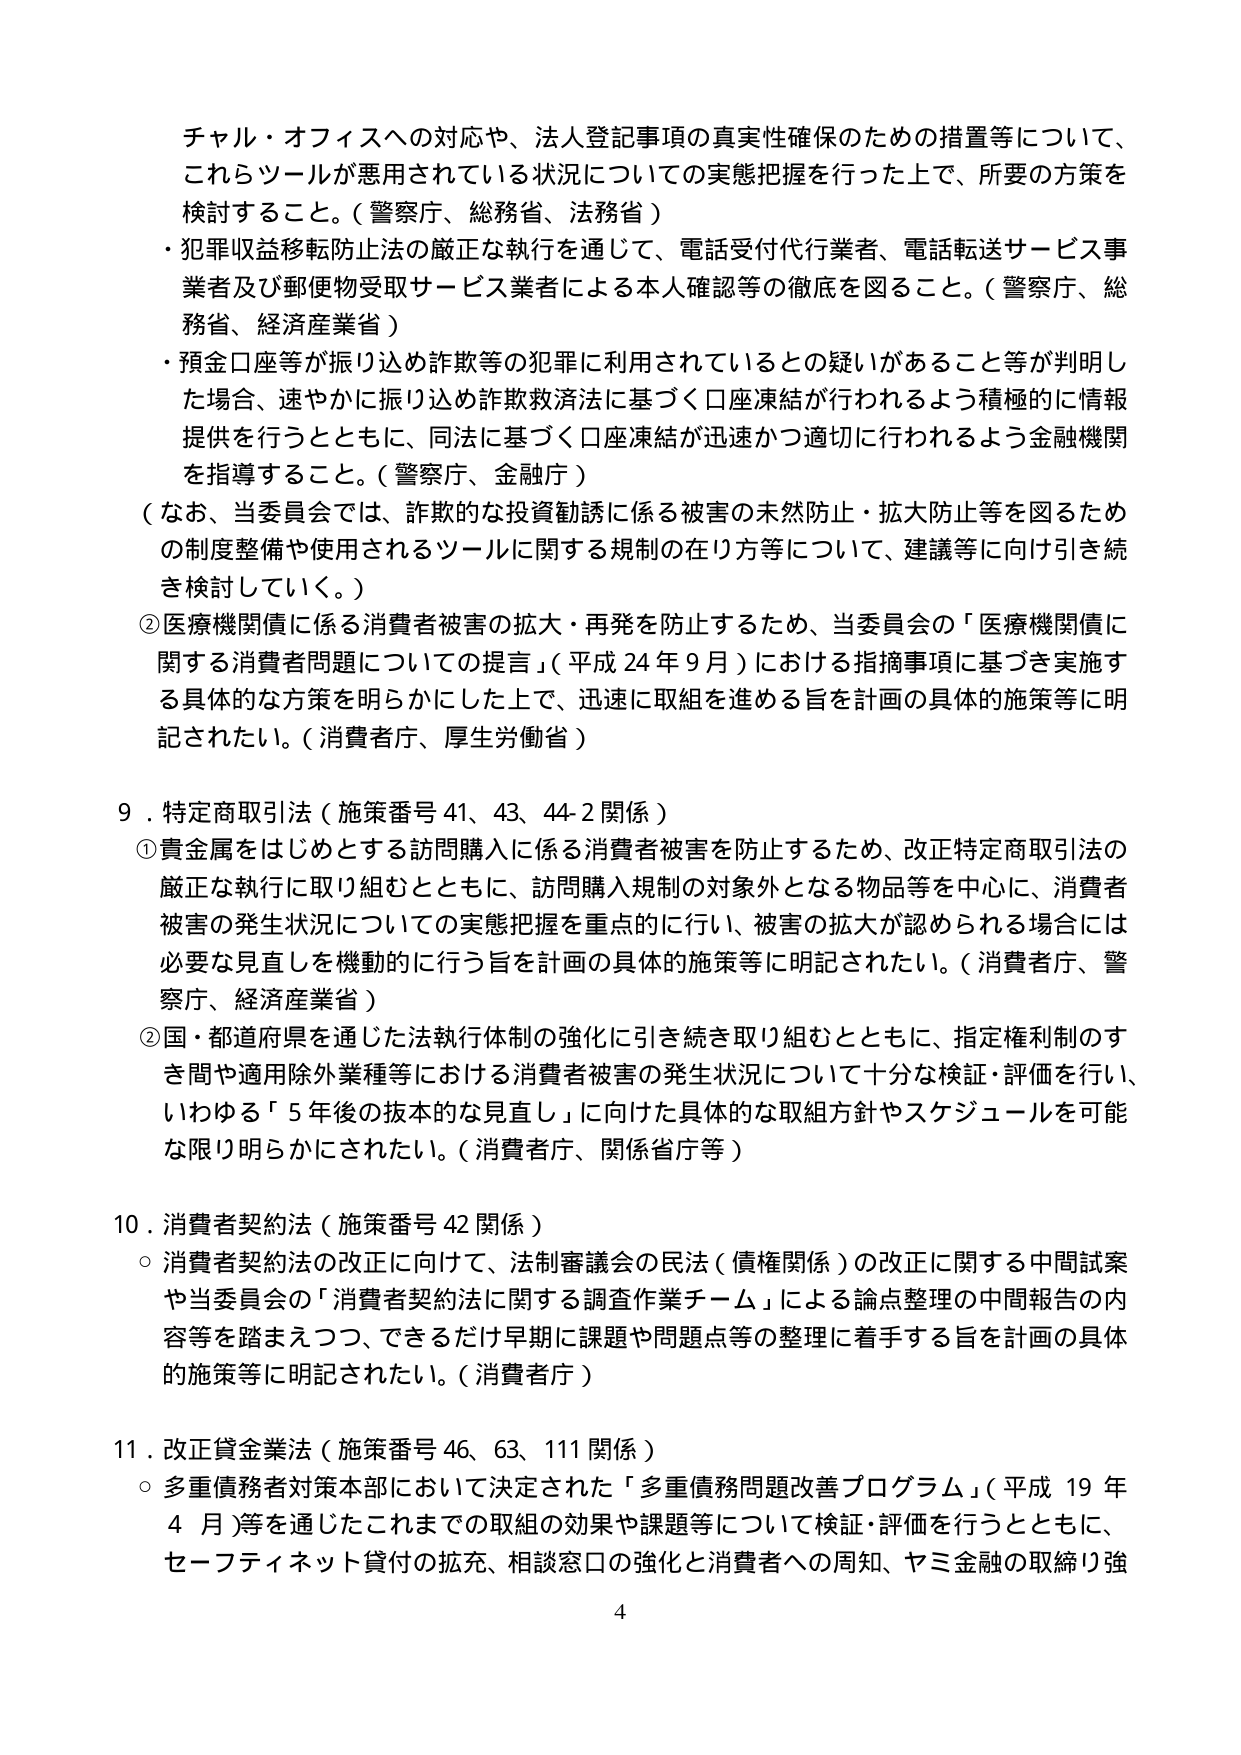
チャル・オフィスへの対応や、法人登記事項の真実性確保のための措置等について、
これらツールが悪用されている状況についての実態把握を行った上で、所要の方策を
検討すること。（警察庁、総務省、法務省）
・犯罪収益移転防止法の厳正な執行を通じて、電話受付代行業者、電話転送サービス事
業者及び郵便物受取サービス業者による本人確認等の徹底を図ること。（警察庁、総
務省、経済産業省）
・預金口座等が振り込め詐欺等の犯罪に利用されているとの疑いがあること等が判明し
た場合、速やかに振り込め詐欺救済法に基づく口座凍結が行われるよう積極的に情報
提供を行うとともに、同法に基づく口座凍結が迅速かつ適切に行われるよう金融機関
を指導すること。（警察庁、金融庁）
（なお、当委員会では、詐欺的な投資勧誘に係る被害の未然防止・拡大防止等を図るため
の制度整備や使用されるツールに関する規制の在り方等について、建議等に向け引き続
き検討していく。）
②医療機関債に係る消費者被害の拡大・再発を防止するため、当委員会の「医療機関債に
関する消費者問題についての提言」（平成24年9月）における指摘事項に基づき実施す
る具体的な方策を明らかにした上で、迅速に取組を進める旨を計画の具体的施策等に明
記されたい。（消費者庁、厚生労働省）

9．特定商取引法（施策番号41、43、44-2関係）
①貴金属をはじめとする訪問購入に係る消費者被害を防止するため、改正特定商取引法の
厳正な執行に取り組むとともに、訪問購入規制の対象外となる物品等を中心に、消費者
被害の発生状況についての実態把握を重点的に行い、被害の拡大が認められる場合は
必要な見直しを機動的に行う旨を計画の具体的施策等に明記されたい。（消費者庁、警
察庁、経済産業省）
②国・都道府県を通じた法執行体制の強化に引き続き取り組むとともに、指定権利制のす
き間や適用除外業種等における消費者被害の発生状況について十分な検証・評価を行い、
いわゆる「5年後の抜本的な見直し」に向けた具体的な取組方針やスケジュールを可能
な限り明らかにされたい。（消費者庁、関係省庁等）

10．消費者契約法（施策番号42関係）
○消費者契約法の改正に向けて、法制審議会の民法（債権関係）の改正に関する中間試案
や当委員会の「消費者契約法に関する調査作業チーム」による論点整理の中間報告の内
容等を踏まえつつ、できるだけ早期に課題や問題点等の整理に着手する旨を計画の具体
的施策等に明記されたい。（消費者庁）

11．改正貸金業法（施策番号46、63、111関係）
○多重債務者対策本部において決定された「多重債務問題改善プログラム」（平成19年
4月）等を通じたこれまでの取組の効果や課題等について検証・評価を行うとともに、
セーフティネット貸付の拡充、相談窓口の強化と消費者への周知、ヤミ金融の取締り強

4